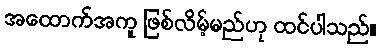
အထောက်အကူ ဖြစ်လိမ့်မည်ဟု ထင်ပါသည်။